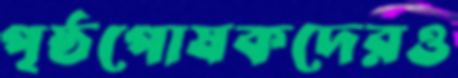
পৃষ্ঠপোষকদেরও